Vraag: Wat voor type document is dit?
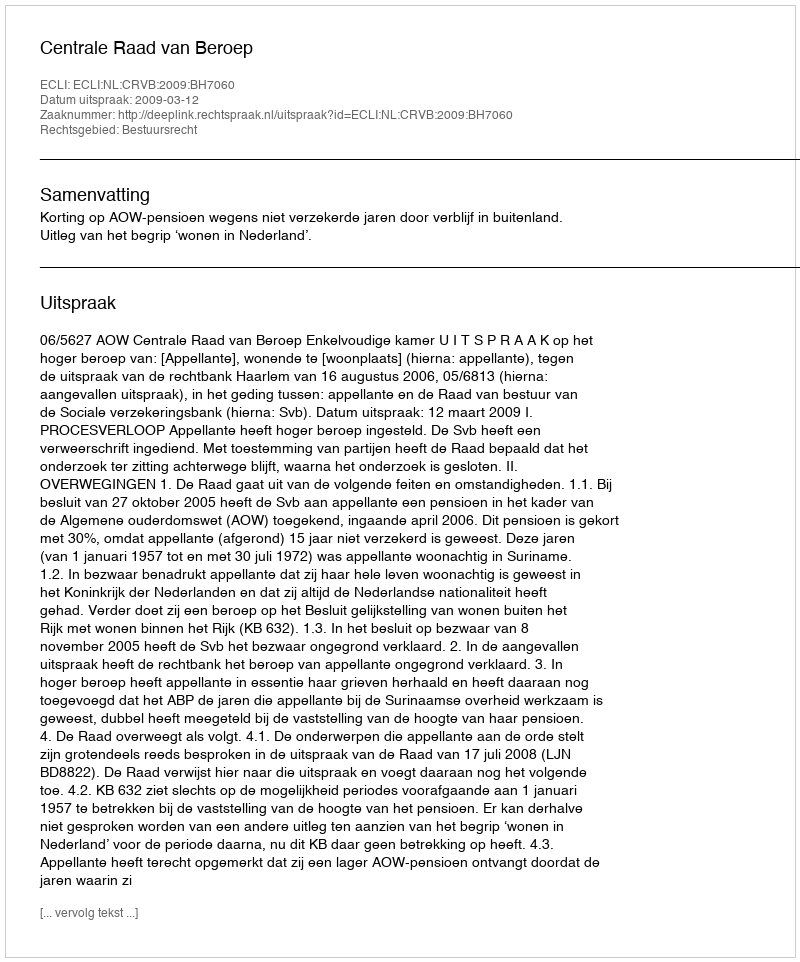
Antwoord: Uitspraak